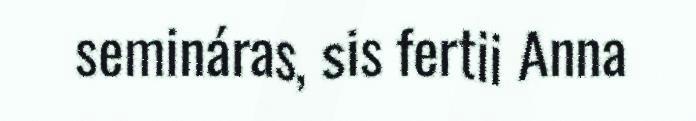
semináras, sis fertii Anna